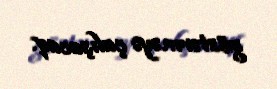
göstərməyə çalışacaq.